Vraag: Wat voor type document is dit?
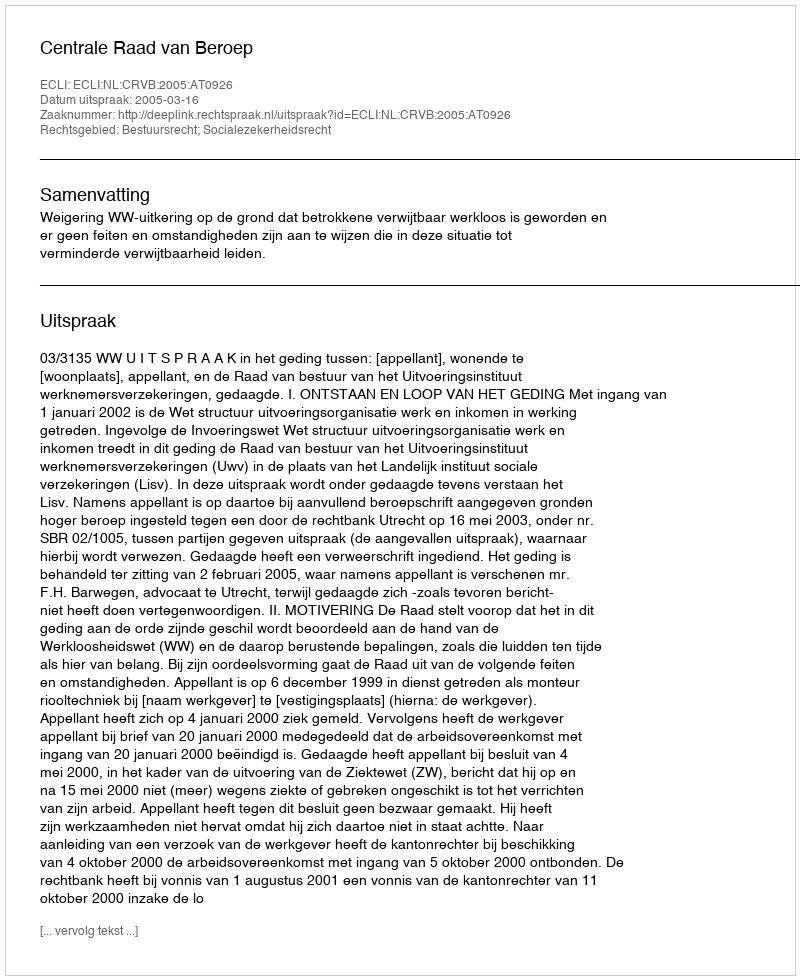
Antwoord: Uitspraak